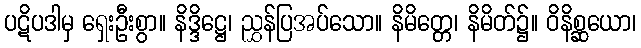
ပဋိပဒါမှ ရှေးဦးစွာ။ နိဒ္ဒိဋ္ဌေ၊ ညွှန်ပြအပ်သော။ နိမိတ္တေ၊ နိမိတ်၌။ ဝိနိစ္ဆယော၊